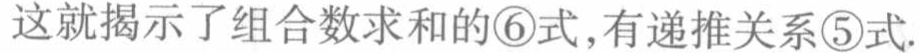
这就揭示了组合数求和的\textcircled{6}式,有递推关系\textcircled{5}式.